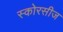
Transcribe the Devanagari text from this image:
स्कोरसीज